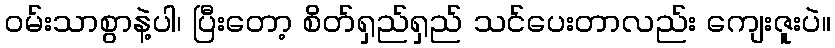
ဝမ်းသာစွာနဲ့ပါ၊ ပြီးတော့ စိတ်ရှည်ရှည် သင်ပေးတာလည်း ကျေးဇူးပဲ။